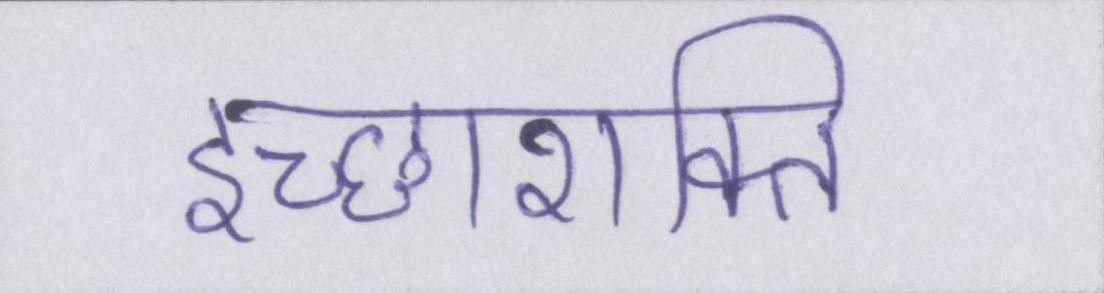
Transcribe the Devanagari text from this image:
इच्छाशक्ति